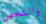
والشخص